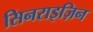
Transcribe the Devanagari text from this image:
सिनराइज़िन